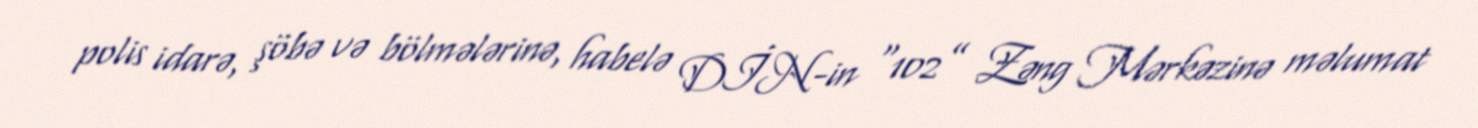
polis idarə, şöbə və bölmələrinə, habelə DİN-in “102” Zəng Mərkəzinə məlumat